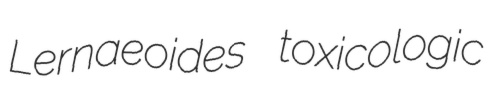
Lernaeoides toxicologic